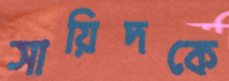
সায়িদকে